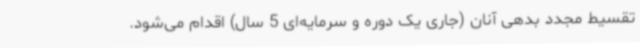
تقسیط مجدد بدهی آنان (جاری یک دوره و سرمایه‌ای 5 سال) اقدام می‌شود.